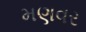
મણવર